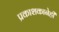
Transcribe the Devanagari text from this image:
प्रकाशकानेही